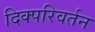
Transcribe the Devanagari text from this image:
दिक्परिवर्तन